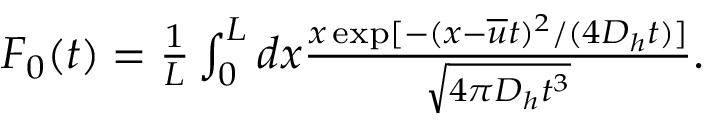
\begin{array} { r } { F _ { 0 } ( t ) = \frac { 1 } { L } \int _ { 0 } ^ { L } d x \frac { x \exp [ - ( x - \overline { u } t ) ^ { 2 } / ( 4 D _ { h } t ) ] } { \sqrt { 4 \pi D _ { h } t ^ { 3 } } } . } \end{array}